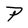
Character: P